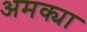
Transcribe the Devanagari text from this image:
अमक्या